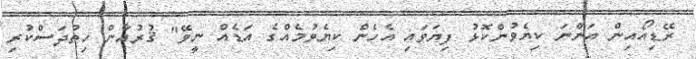
ރޭޑިއޯއިން އަންނަ ކިޔެވުންކޮޅު ފިޔަވައި އެހެން ކިޔެވުމެއްގެ އަޑެއް ނީވޭ" ޤުރުއާން ހިތުދަސްކުރި